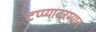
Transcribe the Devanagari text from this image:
टप्प्यादरम्यान